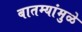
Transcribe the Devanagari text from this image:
बातम्यांमुळे